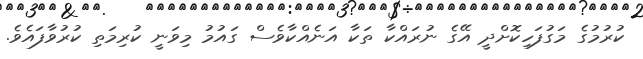
ކުރުމުގެ މަގުފަހިކޮށްދީ އޭގެ ނުރައްކާ ތަކާ އަނެއްކާވެސް ގައުމު މިވަނީ ކުރިމަތި ކުރުވާފައެވެ.